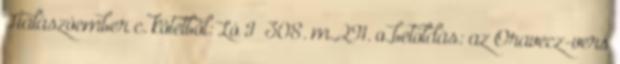
Halászóember c. kötetből: Ló I 308. m.,291. o.,betoldás: az Oravecz-vers